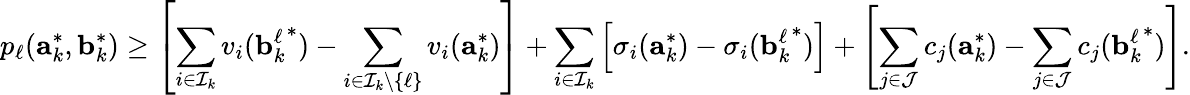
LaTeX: p_{\ell}(\mathbf{a}_{k}^{*},\mathbf{b}_{k}^{*})\geq\left[\sum_{i\in\mathcal{I}_{k}}v_{i}({\mathbf{b}_{k}^{\ell}}^{*})-\sum_{i\in\mathcal{I}_{k}\setminus\{ \ell\} }v_{i}(\mathbf{a}_{k}^{*})\right]+\sum_{i\in\mathcal{I}_{k}}\left[\sigma_{i}(\mathbf{a}_{k}^{*})-\sigma_{i}({\mathbf{b}_{k}^{\ell}}^{*})\right]+\left[\sum_{j\in\mathcal{J}}c_{j}(\mathbf{a}_{k}^{*})-\sum_{j\in\mathcal{J}}c_{j}({\mathbf{b}_{k}^{\ell}}^{*})\right].